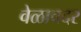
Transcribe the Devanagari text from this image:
वेळावदर